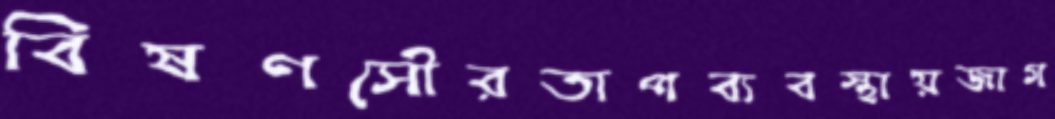
বিষণসৌরতাপব্যবস্থায়জাগ